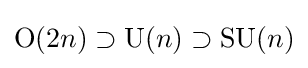
\mathrm {O} (2n)\supset \mathrm {U} (n)\supset \mathrm {SU} (n)